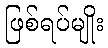
ဖြစ်ရပ်မျိုး